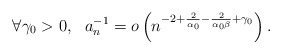
\begin{align*}\forall\gamma_0>0,\ \ a_n^{-1}=o\left( n^{-2+\frac 2{\alpha_0}- \frac 2{\alpha_0\beta}+\gamma_0}\right).\end{align*}